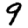
Digit: 9